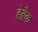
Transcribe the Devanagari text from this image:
हेब्रैक